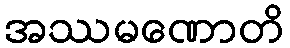
အဿမဏောတိ